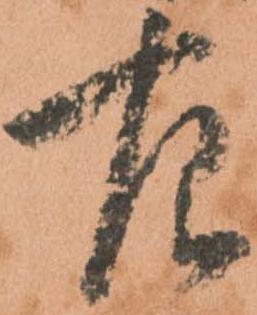
左